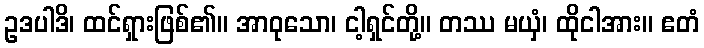
ဥဒပါဒိ၊ ထင်ရှားဖြစ်၏။ အာဝုသော၊ ငါ့ရှင်တို့။ တဿ မယှံ၊ ထိုငါအား။ ဧတံ